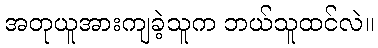
အတုယူအားကျခဲ့သူက ဘယ်သူထင်လဲ။